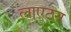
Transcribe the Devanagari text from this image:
लाएटन